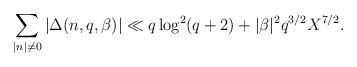
\begin{align*}\sum_{|n|\not=0}|\Delta(n,q,\beta)|\ll q\log^2 (q+2)+|\beta|^2q^{3/2}X^{7/2}.\end{align*}